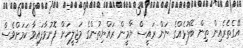
އޭގެތެރެއިން ތިން ބޭފުޅެއްގެ ނަން ރައީސް ޔާމީން ރައްޔިތުންގެ މަޖިލީހަށް ފޮނުވާފައިވާ ކަމަށްވެސް